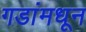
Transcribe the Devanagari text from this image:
गडांमधून